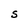
Character: S